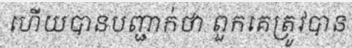
ហើយបានបញ្ជាក់ថា ពួកគេត្រូវបាន